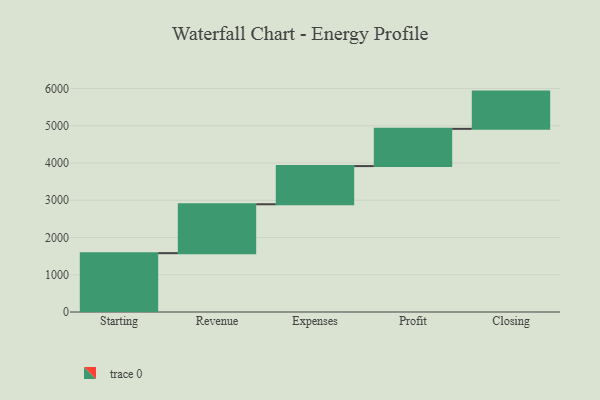
{"axis": {"x": "Step", "y": "Value"}, "legend": [""], "data": [{"x": "Starting", "y": 1580.0, "type": ""}, {"x": "Revenue", "y": 1313.0, "type": ""}, {"x": "Expenses", "y": 1025.0, "type": ""}, {"x": "Profit", "y": 1000, "type": ""}, {"x": "Closing", "y": 1000, "type": ""}]}